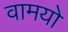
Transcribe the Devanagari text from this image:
वामयो